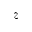
z